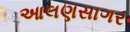
આલણસાગર